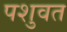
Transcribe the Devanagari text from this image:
पशुवत